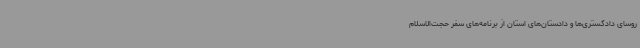
روسای دادگستری‌ها و دادستان‌های استان از برنامه‌های سفر حجت‌الاسلام